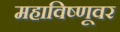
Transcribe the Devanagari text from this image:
महाविष्णूवर